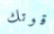
قوتك